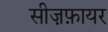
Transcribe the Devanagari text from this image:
सीज़फ़ायर